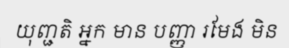
យុញ្ជតិ អ្នក មាន បញ្ញា រមែង មិន